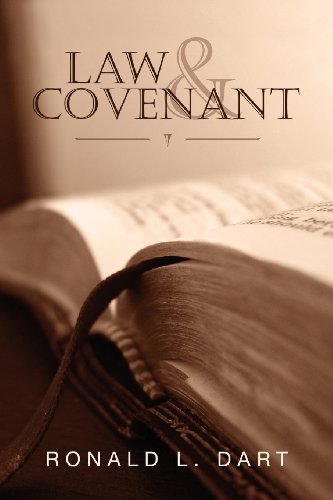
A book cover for Law & Covenant; Ronald L. Dart; Christian Books & Bibles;